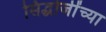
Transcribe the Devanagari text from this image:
सिद्धोजींच्या